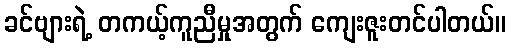
ခင်ဗျားရဲ့ တကယ့်ကူညီမှုအတွက် ကျေးဇူးတင်ပါတယ်။